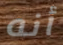
أنه